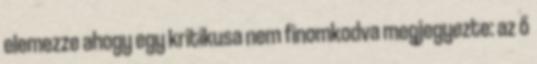
elemezze ahogy egy kritikusa nem finomkodva megjegyezte: az ő